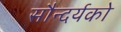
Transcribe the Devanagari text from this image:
सौन्दर्यको